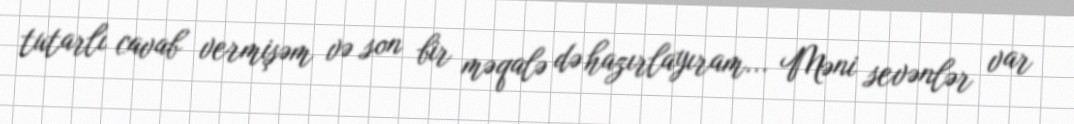
tutarlı cavab vermişəm və son bir məqalə də hazırlayıram... Məni sevənlər var